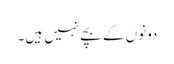
دونوں کے بچے نہیں ہیں۔